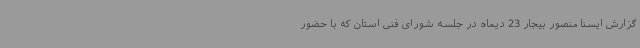
گزارش ایسنا منصور بیجار 23 دیماه در جلسه شورای فنی استان که با حضور